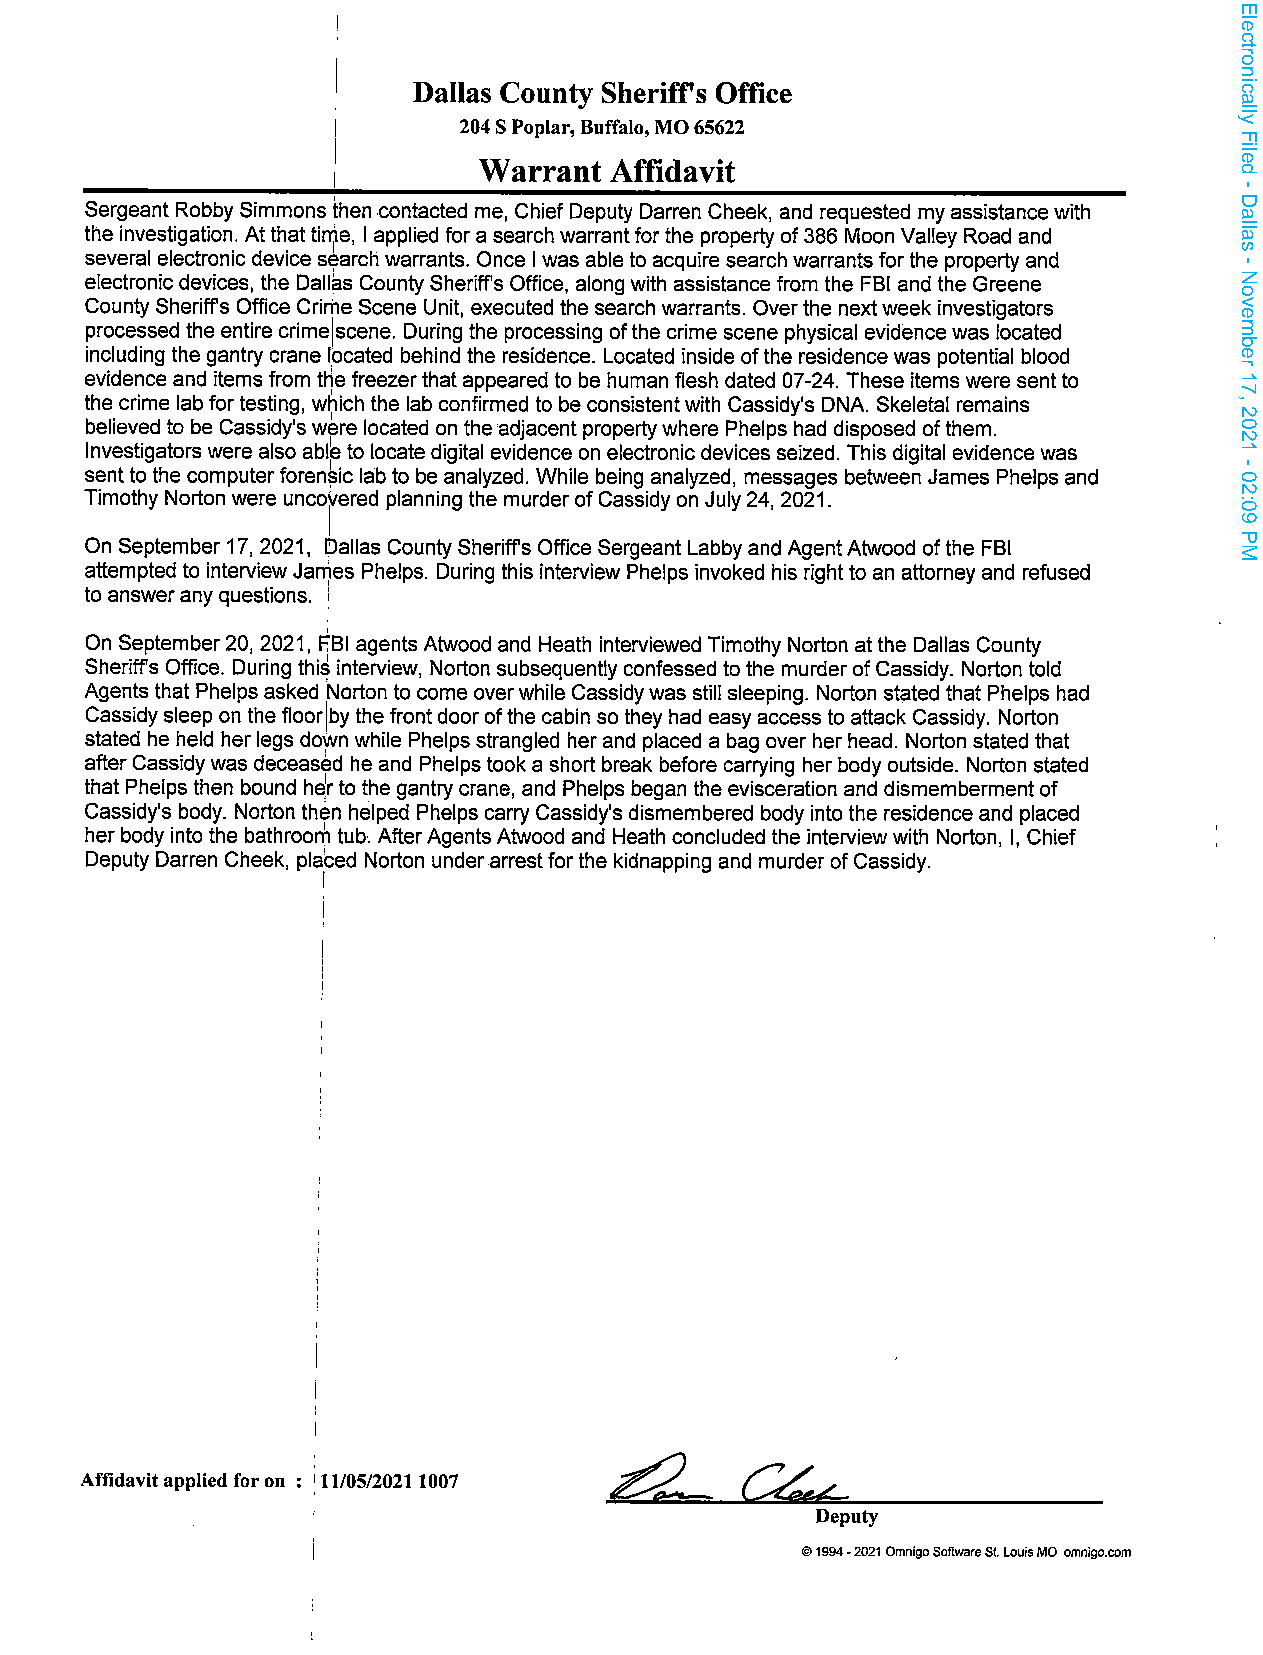
Dallas County Sheriffs Office
 204SPoplar, Buffalo, MO65622
 Warrant Affidavit
 Sergeant Robby Simmons then contacted me, Chief Deputy Darren Cheek, and requested my assistancewith
 the investigation. Atthatti1e, I applied fora search warrantforthe property of386 Moon Valley Road and
 several electronic device search warrants. Once I was able to acquire search warrants forthe property and
 electronic devices, the Dallas County Sheriff's Office, along with assistance from the FBI and the Greene
 County Sheriff's Office Crime Scene Unit, executed the search warrants. Overthe nextweek investigators
 processed the entire crimejscene. During the processing ofthe crime scene physical evidencewas located
 including the gantry crane located behind the residence. Located inside ofthe residencewas potential blood
 evidence and items from tHe freezerthatappeared to be human flesh dated 07-24. These items were sentto
 the crime lab fortesting, which the lab confirmed to be consistentwith Cassidy's DNA. Skeletal remains
 believed to be Cassidy's were located on the'adjacent propertywhere Phelps had disposed ofthem.
 Investigators were also able to locate digital evidence on electronic devices seized. This digital evidence was
 forensic sentto the computer lab to be analyzed. While being analyzed, messages between James Phelps and
 Timothy Norton were uncorered planning the murderofCassidy on July24, 2021.
 I On September 17, 2021, IDallas County Sheriff's Office Sergeant Labby and AgentAtwood ofthe FBI
 James
 attempted to interview Phelps. During this interview Phelps invoked his rightto an attorney and refused
 to answerany questions. i
 EBI
 On September20, 2021, agents Atwood and Heath interviewed Timothy Norton atthe Dallas County
 Sheriff's Office. During thi? interview, Norton subsequently confessed to the murderofCassidy. Norton told
 Agents that Phelps asked Norton to come overwhile Cassidywas still sleeping. Norton stated that Phelps had
 Cassidysleep on the floorlby the frontdoorofthe cabin so they had easy access to attack Cassidy. Norton
 stated he held her legs down while Phelps strangled herand placed a bag over her head. Norton stated that
 afterCassidywas deceased he and Phelps took a short break before carrying her body outside. Norton stated
 that Phelps then bound he1r to the gantry crane, and Phelps began the evisceration and dismemberment of
 Cassidy's body. Norton then helped Phelps carry Cassidy's dismembered body into the residence and placed
 her body into the bathroom tub. AfterAgents Atwood and Heath concluded the interviewwith Norton, I, Chief
 Deputy Darren Cheek, plabed Norton underarrestforthe kidnapping and murder ofCassidy.
 I
 i
 i
 I
 ¡
 Affidavitapplied foron : 1 l1/05/20211007
 Deputy
 ©1994-2021 OmnigoSoftwareSt.LouisMO omnigo.com
 Electronically
 Filed
 -
 Dallas
 -
 November
 17,
 2021
 - 02:09
 PM